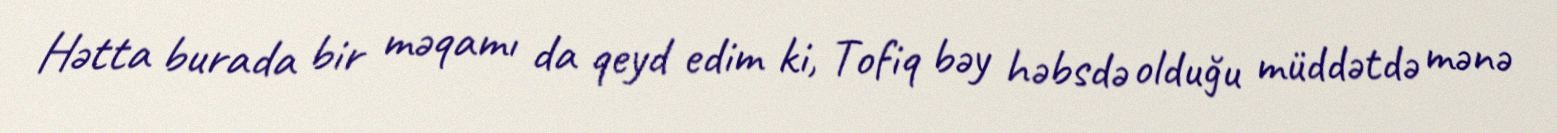
Hətta burada bir məqamı da qeyd edim ki, Tofiq bəy həbsdə olduğu müddətdə mənə